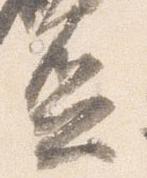
盃